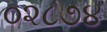
૦૨૮૭૪